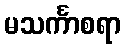
မသင်္ကာစရာ